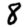
Digit: 8